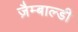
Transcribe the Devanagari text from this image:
ज़ैम्बाल्डी